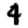
Digit: 4